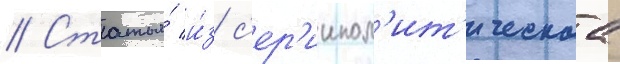
// Статья́ и́з с'ер'иипол'ит'ическаа